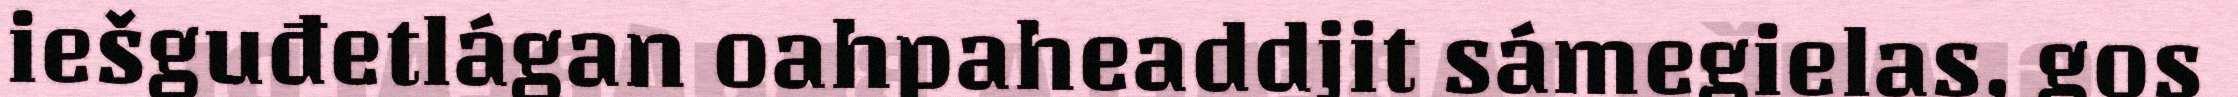
iešguđetlágan oahpaheaddjit sámegielas, gos